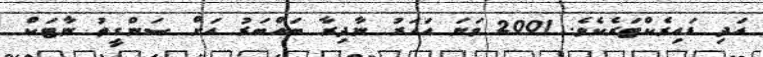
އަދި ޑައިރެކްޓަރެކެވެ. 2001 ވަނަ އަހަރު ނާދިރާ ބައްބަރު އަށް ސަންގީތު ނާޓަކް